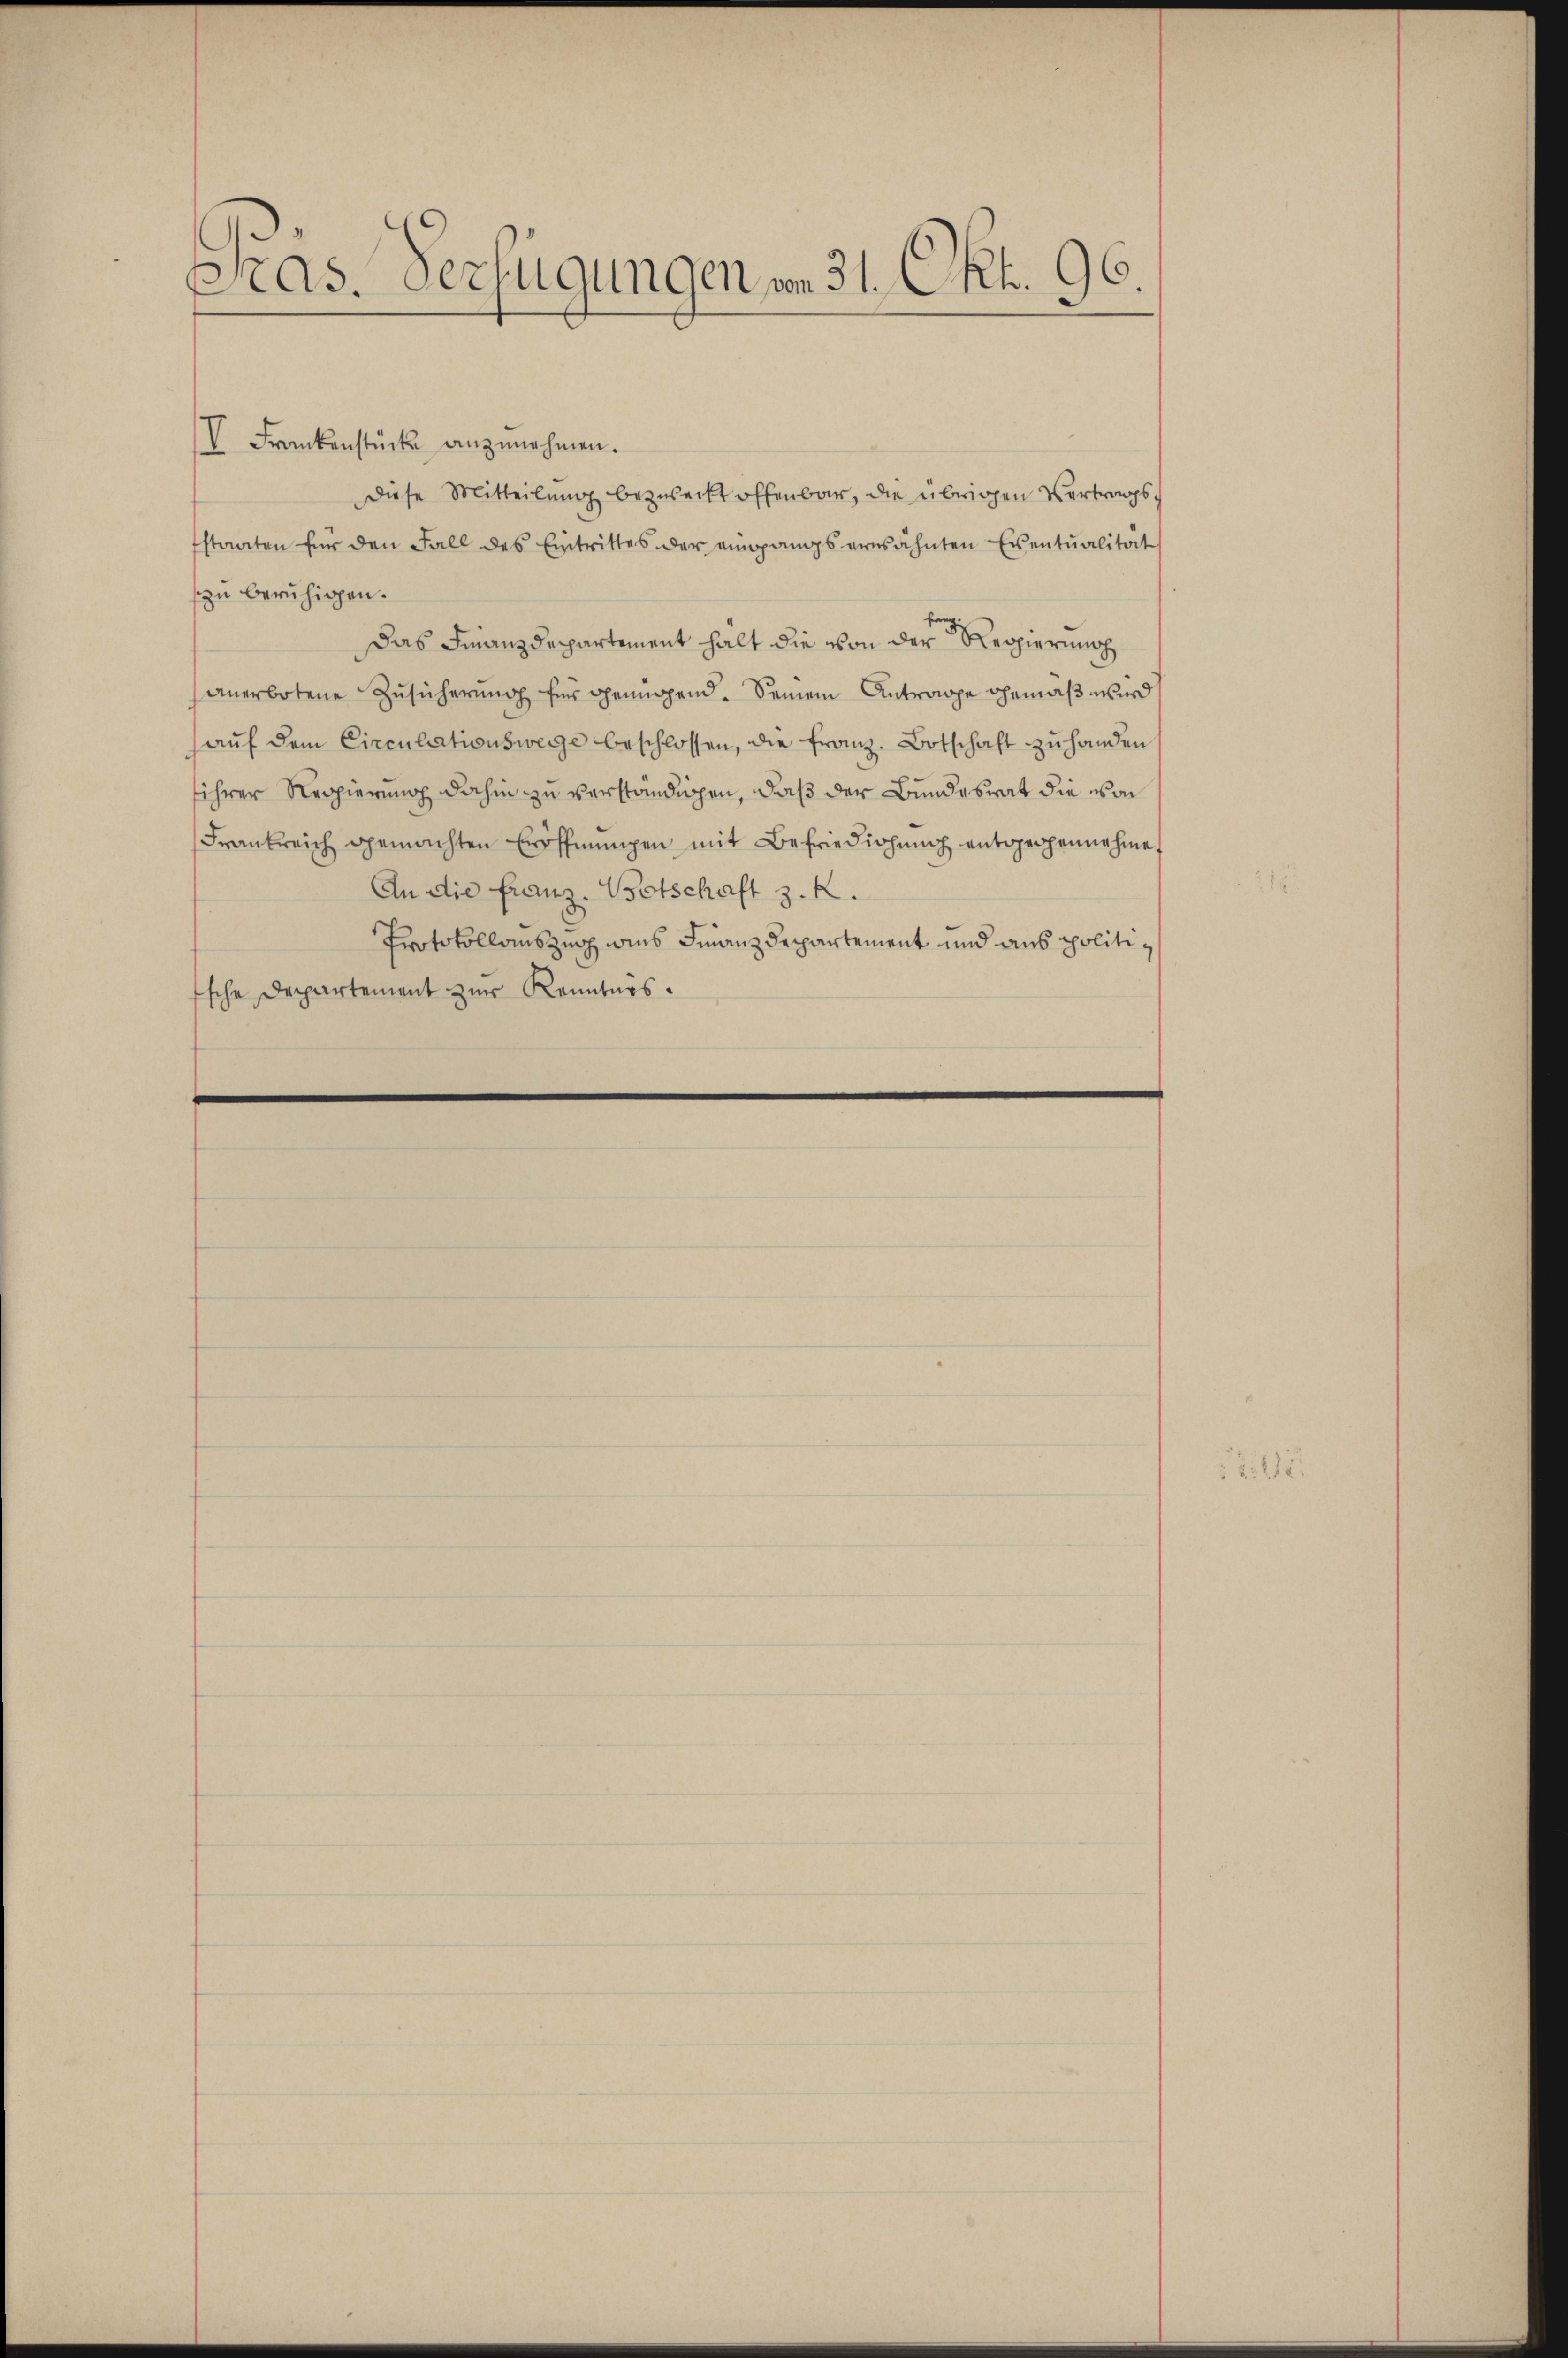
Gras. Verfügungen vom 31. Okt. 96.

IV Frankenstücke anzŭnehmen.
Diese Mitteilŭng bezweckt offenbar, die übrigen Vertragsstaaten für den Fall des Eintrittes der eingangs erwähnten Eventualität
zu beruhigen.
Das Finanzdepartement halt die von der Regierung
anerbotene Zŭsicherŭng für genügend. Seinem Antrage gemäβ wird
aŭf dem Circulationswege beschlossen, die franz. Botschaft zŭ handen
ihrer Regierung dahin zu verständigen, daß der Bundesrat die von
Frankreich gemachten Eröffnŭngen mit Befriediohŭng entgegennahme
An die Franz. Botschaft z. K.
Protokollauszug ains Finanzdepartement und aus politi¬
Esche Departement zur Kenntnis.